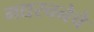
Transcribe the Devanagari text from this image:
गद्यरचनेचे